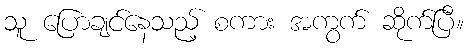
သူ ပြောချင်နေသည့် စကား အကွက် ဆိုက်ပြီ။